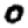
Digit: 0